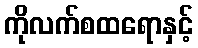
ကိုလက်စထရောနှင့်